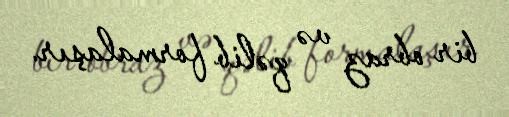
bir obraz və qəlib formalaşır.